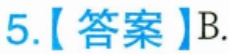
5.【答案】B.